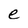
Character: e